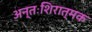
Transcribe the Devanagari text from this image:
अन्तःशिरात्मक